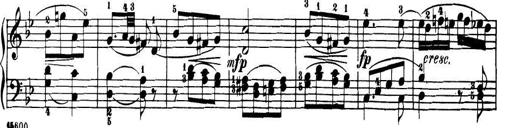
Title: 32 Sonatinas and Rondos for the Piano
Composer: Richard Kleinmichel